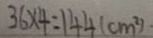
3 6 \times 4 = 1 4 4 ( c m ^ { 2 } )